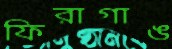
ফিরাগাঙ